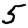
Digit: 5